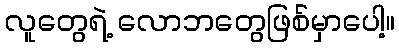
လူတွေရဲ့ လောဘတွေဖြစ်မှာပေါ့။